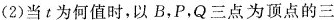
(2)当t为何值时，以B，P，Q三点为顶点的三